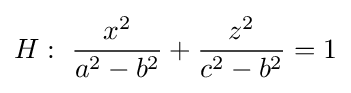
H:\ {\frac {x^{2}}{a^{2}-b^{2}}}+{\frac {z^{2}}{c^{2}-b^{2}}}=1